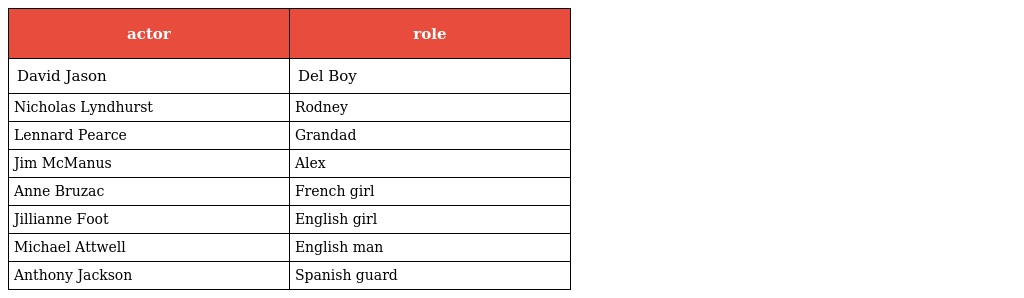
| actor | role |
 | --- | --- |
 | David Jason | Del Boy |
 | Nicholas Lyndhurst | Rodney |
 | Lennard Pearce | Grandad |
 | Jim McManus | Alex |
 | Anne Bruzac | French girl |
 | Jillianne Foot | English girl |
 | Michael Attwell | English man |
 | Anthony Jackson | Spanish guard |